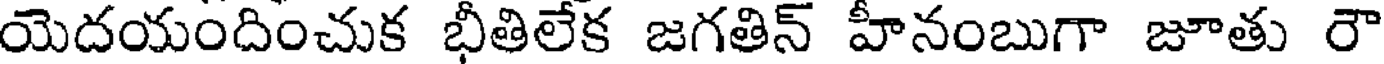
యెదయందించుక భీతిలేక జగతిన్ హీనంబుగా జూతు రౌ